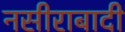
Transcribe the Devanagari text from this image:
नसीराबादी